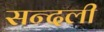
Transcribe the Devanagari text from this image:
सन्दली